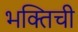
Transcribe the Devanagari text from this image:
भक्तिची